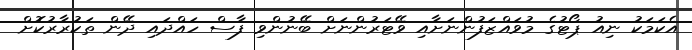
އެކަމަކު ނިއު ޕޯޓުގެ މުވައްޒަފުންނަަށާއި ވޭޓަރުންނަށް ބޭނުންވި ފާސް ހައްދައި ދޭން ތަކުރާރުކޮށް